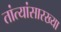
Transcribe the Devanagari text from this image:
तांत्यांसारख्या